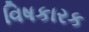
વિષકારક